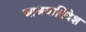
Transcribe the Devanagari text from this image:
आश्रयातिदेश